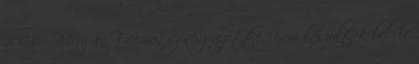
2004 – Morgan Freeman színész vezette. Nem készültek belőle